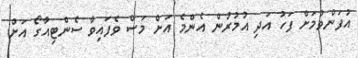
އުފަންވުމަށް ފަހު އަދި އުމުރުން އެންމެ އަށް މަސް ވެފައިވާ ސެންޓިއާގޯ އަށް